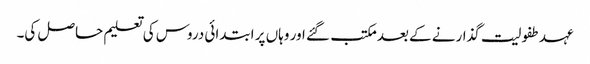
عہد طفولیت گذارنے کے بعد مکتب گئے اور وہاں پر ابتدائی دروس کی تعلیم حاصل کی۔